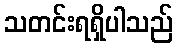
သတင်းရရှိပါသည်